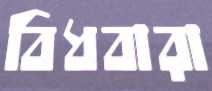
বিধবারা